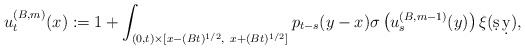
\begin{align*}u^{(B,m)}_t(x) :=1+ \int_{(0,t)\times[x-(Bt)^{1/2},\ x+(Bt)^{1/2}]} p_{t-s}(y-x)\sigma\left(u_s^{(B,m-1)}(y)\right)\xi(\d s\,\d y),\end{align*}